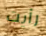
رأيت